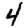
Digit: 4